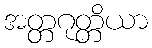
အတ္တဂုတ္တိယာ